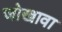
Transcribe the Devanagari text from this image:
जोखावा